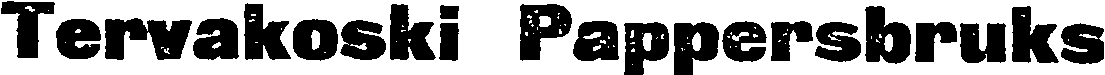
Tervakoski Pappersbruks